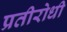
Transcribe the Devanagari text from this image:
प्रतीरोधी